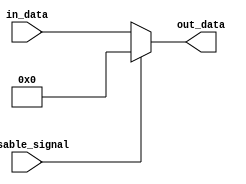
module DisableBlock (
    input wire disable_signal,    // Control signal: active high to enable the block
    input wire [WIDTH-1:0] in_data,  // Input data to be processed when enabled
    output reg [WIDTH-1:0] out_data  // Output data from the block
);

parameter WIDTH = 8;  // Define the width of the data bus, can be adjusted as needed

always @(*) begin
    if (disable_signal) begin
        // If disable_signal is high (1), output is held low or to a predefined value
        out_data = {WIDTH{1'b0}};  // Output held low for width_width
    end else begin
        // If disable_signal is low (0), normal operation
        out_data = in_data;  // Pass through the input data to output
    end
end

endmodule